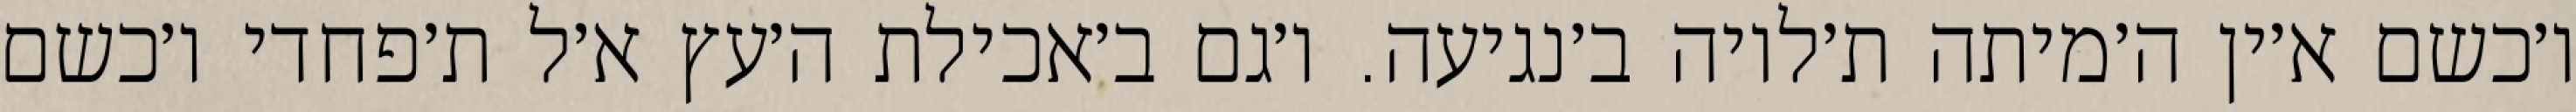
ו׳כשם א׳ין ה׳מיתה ת׳לויה ב׳נגיעה. ו׳גם ב׳אכילת ה׳עץ א׳ל ת׳פחדי ו׳כשם